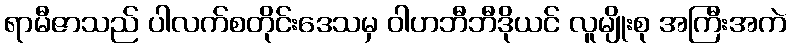
ရာမီဇာသည် ပါလက်စတိုင်းဒေသမှ ဝါဟဘီဘီဒိုယင် လူမျိုးစု အကြီးအကဲ